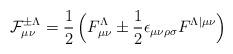
LaTeX: \begin{align*}{\cal F}^{\pm \Lambda}_{\mu \nu} ={1\over 2} \, \Bigl ( F^{\Lambda}_{\mu \nu} \pm {1\over 2}\epsilon_{\mu\nu\rho\sigma}F^{\Lambda \vert \mu \nu} \Bigr )\end{align*}